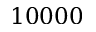
1 0 0 0 0